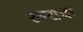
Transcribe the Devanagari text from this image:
रबराचा